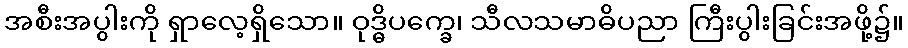
အစီးအပွါးကို ရှာလေ့ရှိသော။ ဝုဒ္ဓိပက္ခေ၊ သီလသမာဓိပညာ ကြီးပွါးခြင်းအဖို့၌။